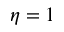
\eta = 1